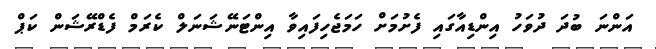
އަންނަ ބުދަ ދުވަހު އިންޑިއާގައި ފެށުމަށް ހަމަޖެހިފައިވާ އިންޓަނޭޝަނަލް ކެރަމް ފެޑްރޭޝަން ކަޕް